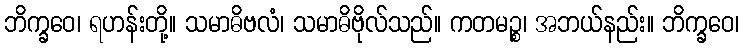
ဘိက္ခဝေ၊ ရဟန်းတို့။ သမာဓိဗလံ၊ သမာဓိဗိုလ်သည်။ ကတမဉ္စ၊ အဘယ်နည်း။ ဘိက္ခဝေ၊